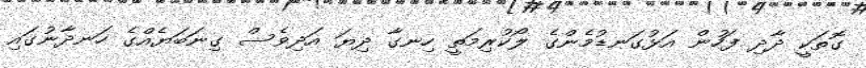
ގޮތަކީ ދާދި ފަހުން އަޅުގަނޑުމެންގެ ލޯކުރިމަތީ ހިނގާ ދިޔަ އަދިވެސް ގިނަބަޔެއްގެ ހަނދާނުގައި